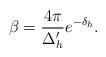
LaTeX: \begin{align*}\beta = \frac {4\pi }{\Delta _{h}'} e^{-\delta _{h}} .\end{align*}